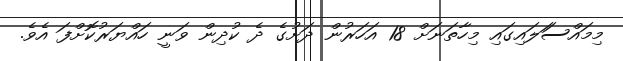
މިމައްސަަލައިގައި މިހާތަނަށް 18 އަހަރުން ދަށުގެ ދެ ކުދިން ވަނީ ހައްޔަރުކޮށްފަ އެވެ.